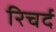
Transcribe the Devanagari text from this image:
रिचर्द